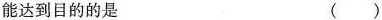
能达到目的的是 ()